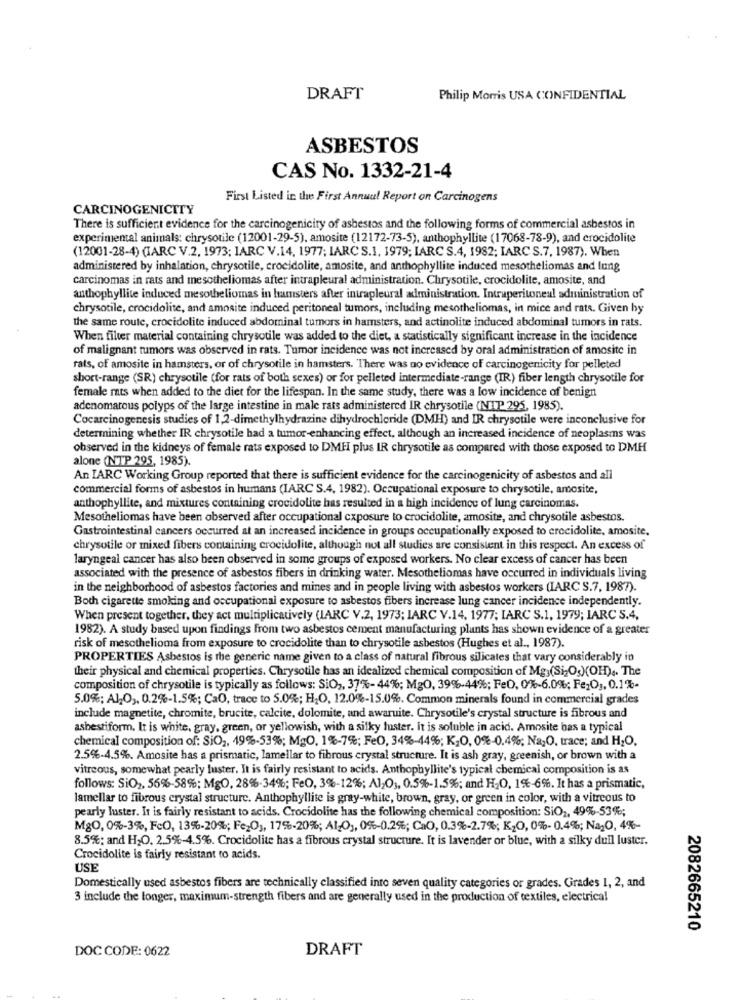
DRAFT
Philip Morris USA CONFIDENTIAL
ASBESTOS
CAS No. 1332-21-4
First Listed in the First Annual Report on Carcinogens
CARCINOGENICTTY
There is sufficient evidence for the carcinogenicity of asbestos and the following forms of commercial asbestos in
experimental animals: chrysotile (12001-29-5), amosite (12172-73-5), anthophyllite (17068-78-9), and crocidolite
(12001-28-4) (IARC V.2. 1973; IARC V.14, 1977; IARC S.1, 1979; IARC S.4, 1982; IARC S.7, 1987). When
administered by inhalation, chrysotile, crocidolite, amosite, and anthophyllite induced mesotheliomas and lung
carcinomas in rats and mesotheliomas after intrapleural administration. Chrysotile, crocidolite, amosite, and
anthophyllite induced mesotheliomas in hamsters after intrapleural administration. Intraperitoneal administration of
chrysotile, crocidolite, and amosite induced peritoneal tumors, including mesotheliomas, in mice and rats. Given by
the same route, crocidolite induced abdominal tumors in hamsters, and actinolite induced abdominal tumors in rats.
When filter material containing chrysotile was added to the diet, a statistically significant increase in the incidence
of malignant tumors was observed in rats. Tumor incidence was not increased by oral administration of amosite in
rats, of amosite in hamsters, or of chrysotile in hamsters. There was no evidence of carcinogenicity for pelleted
short-range (SR) chrysotile (for rats of both sexes) or for pelleted intermediate-range (IR) fiber length chrysotile for
female mats when added to the diet for the lifespan. In the same study, there was a low incidence of benign
adenomarous polyps of the large intestine in male rats administered IR chrysotile (NIP 295, 1985).
Cocarcinogenesis studies of 1,2-dimethylhydrazine dihydrochloride (DMH) and IR chrysotile were inconclusive for
determining whether IR chrysotile had a tumor-enhancing effect, although an increased incidence of neoplasms was
observed in the kidneys of female rats exposed to DMH plus IR chrysotile as compared with those exposed to DMH
alone (NTP 295, 1985).
An IARC Working Group reported that there is sufficient evidence for the carcinogenicity of asbestos and all
commercial forms of asbestos in humans (IARC S.4, 1982). Occupational exposure to chrysotile, amosite,
anthophyllite, and mixtures containing crocidolite has resulted in a high incidence of lung carcinomas.
Mesotheliomas have been observed after occupational exposure to crocidolite, amosite, and chrysotile asbestos.
Gastrointestinal cancers occurred at an increased incidence in groups occupationally exposed to crecidolite, amosite,
chrysotile or mixed fibers containing crocidolite, although not all studies are consistent in this respect. An excess of
laryngeal cancer has also been observed in some groups of exposed workers. No clear excess of cancer has been
associated with the presence of asbestos fibers in drinking water. Mesotheliomas have occurred in individuals living
in the neighborhood of asbestos factories and mines and in people living with asbestos workers (IARC S.7, 1987).
Both cigarette smoking and occupational exposure to asbestos fibers increase lung cancer incidence independently.
When present together, they act multiplicatively (IARC V.2, 1973; IARC V.14. 1977; IARC S.1, 1979; IARC S.4,
1982). A study based upon findings from two asbestos cement manufacturing plants has shown evidence of a greater
risk of mesothelioma from exposure to crocidolite than to chrysotile asbestos (Hughes et al ., 1987).
PROPERTIES Asbestos is the generic name given to a class of natural fibrous silicates that vary considerably in
their physical and chemical properties. Chrysotile has an idealized chemical composition of Mg (Si-Os)(OH) .. The
composition of chrysotile is typically as follows: SiO ,, 37%-44%; Mg0, 39%-44%; Fel, 0%-6.0%; Fe-O1, 0.1%-
5.0%; Al,O ,, 0.2%-1.5%; CaO, trace to 5.0%; H.O, 12.0%-15.0%. Common minerals found in commercial grades
include magnetite, chromite, brucite, calcite, dolomite, and awaruite. Chrysotile's crystal structure is fibrous and
asbestiform, It is white, gray, green, or yellowish, with a silky fuster. It is soluble in acid. Amosite bas a typical
chemical composition of: SiO ,, 49%-53%; MgO, 1%-7%; FeO, 34%-44%; K,O, 0%-0.4%; Na,O, trace; and H;O.
2.5%-4.5%. Amosite has a prismatic, lamellar to fibrous crystal structure. It is ash gray, greenish, or brown with a
vitreous, somewhat pearly luster. It is fairly resistant to acids. Anthophyllite's typical chemical composition is as
follows: SiO2, 56%-58%; MgO, 28%.34%; FeO, 3%-12%; Al,O), 0.5%-1.5%; and H2O, 1%-6%. It has a prismatic,
lamellar to fibrous crystal structure. Anthophyllite is gray-white, brown, gray, or green in color, with a vitreous to
pearly Juster. It is fairly resistant to acids. Crocidolite has the following chemical composition: SiO2, 49%-53%;
MgO, 0%-3%, FcO, 13%-20%; Fe,O), 17%-20%; Al-O1, 0%-0.2%; CaO, 0.3%-2.7%; K2O, 0%- 0.4%; Na20, 4%-
8.5%; and H2O. 2,5%-4.5%. Crocidolite has a fibrous crystal structure. It is lavender or blue, with a silky dull luster.
Crocidolite is fairly resistant to acids.
USE
Domestically used asbestos fibers are technically classified into seven quality categories or grades. Grades 1, 2, and
3 include the longer, maximum-strength fibers and are generally used in the production of textiles, electrical
2082665210
DOC CODE: 0622
DRAFT